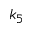
k _ { 5 }